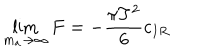
LaTeX: \lim _ { m _ { a } \to \infty } F = - \frac { \pi T ^ { 2 } } { 6 } c _ { I R }